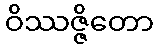
ဝိဿဇ္ဇိတော